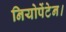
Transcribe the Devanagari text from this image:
नियोपेंटेन।